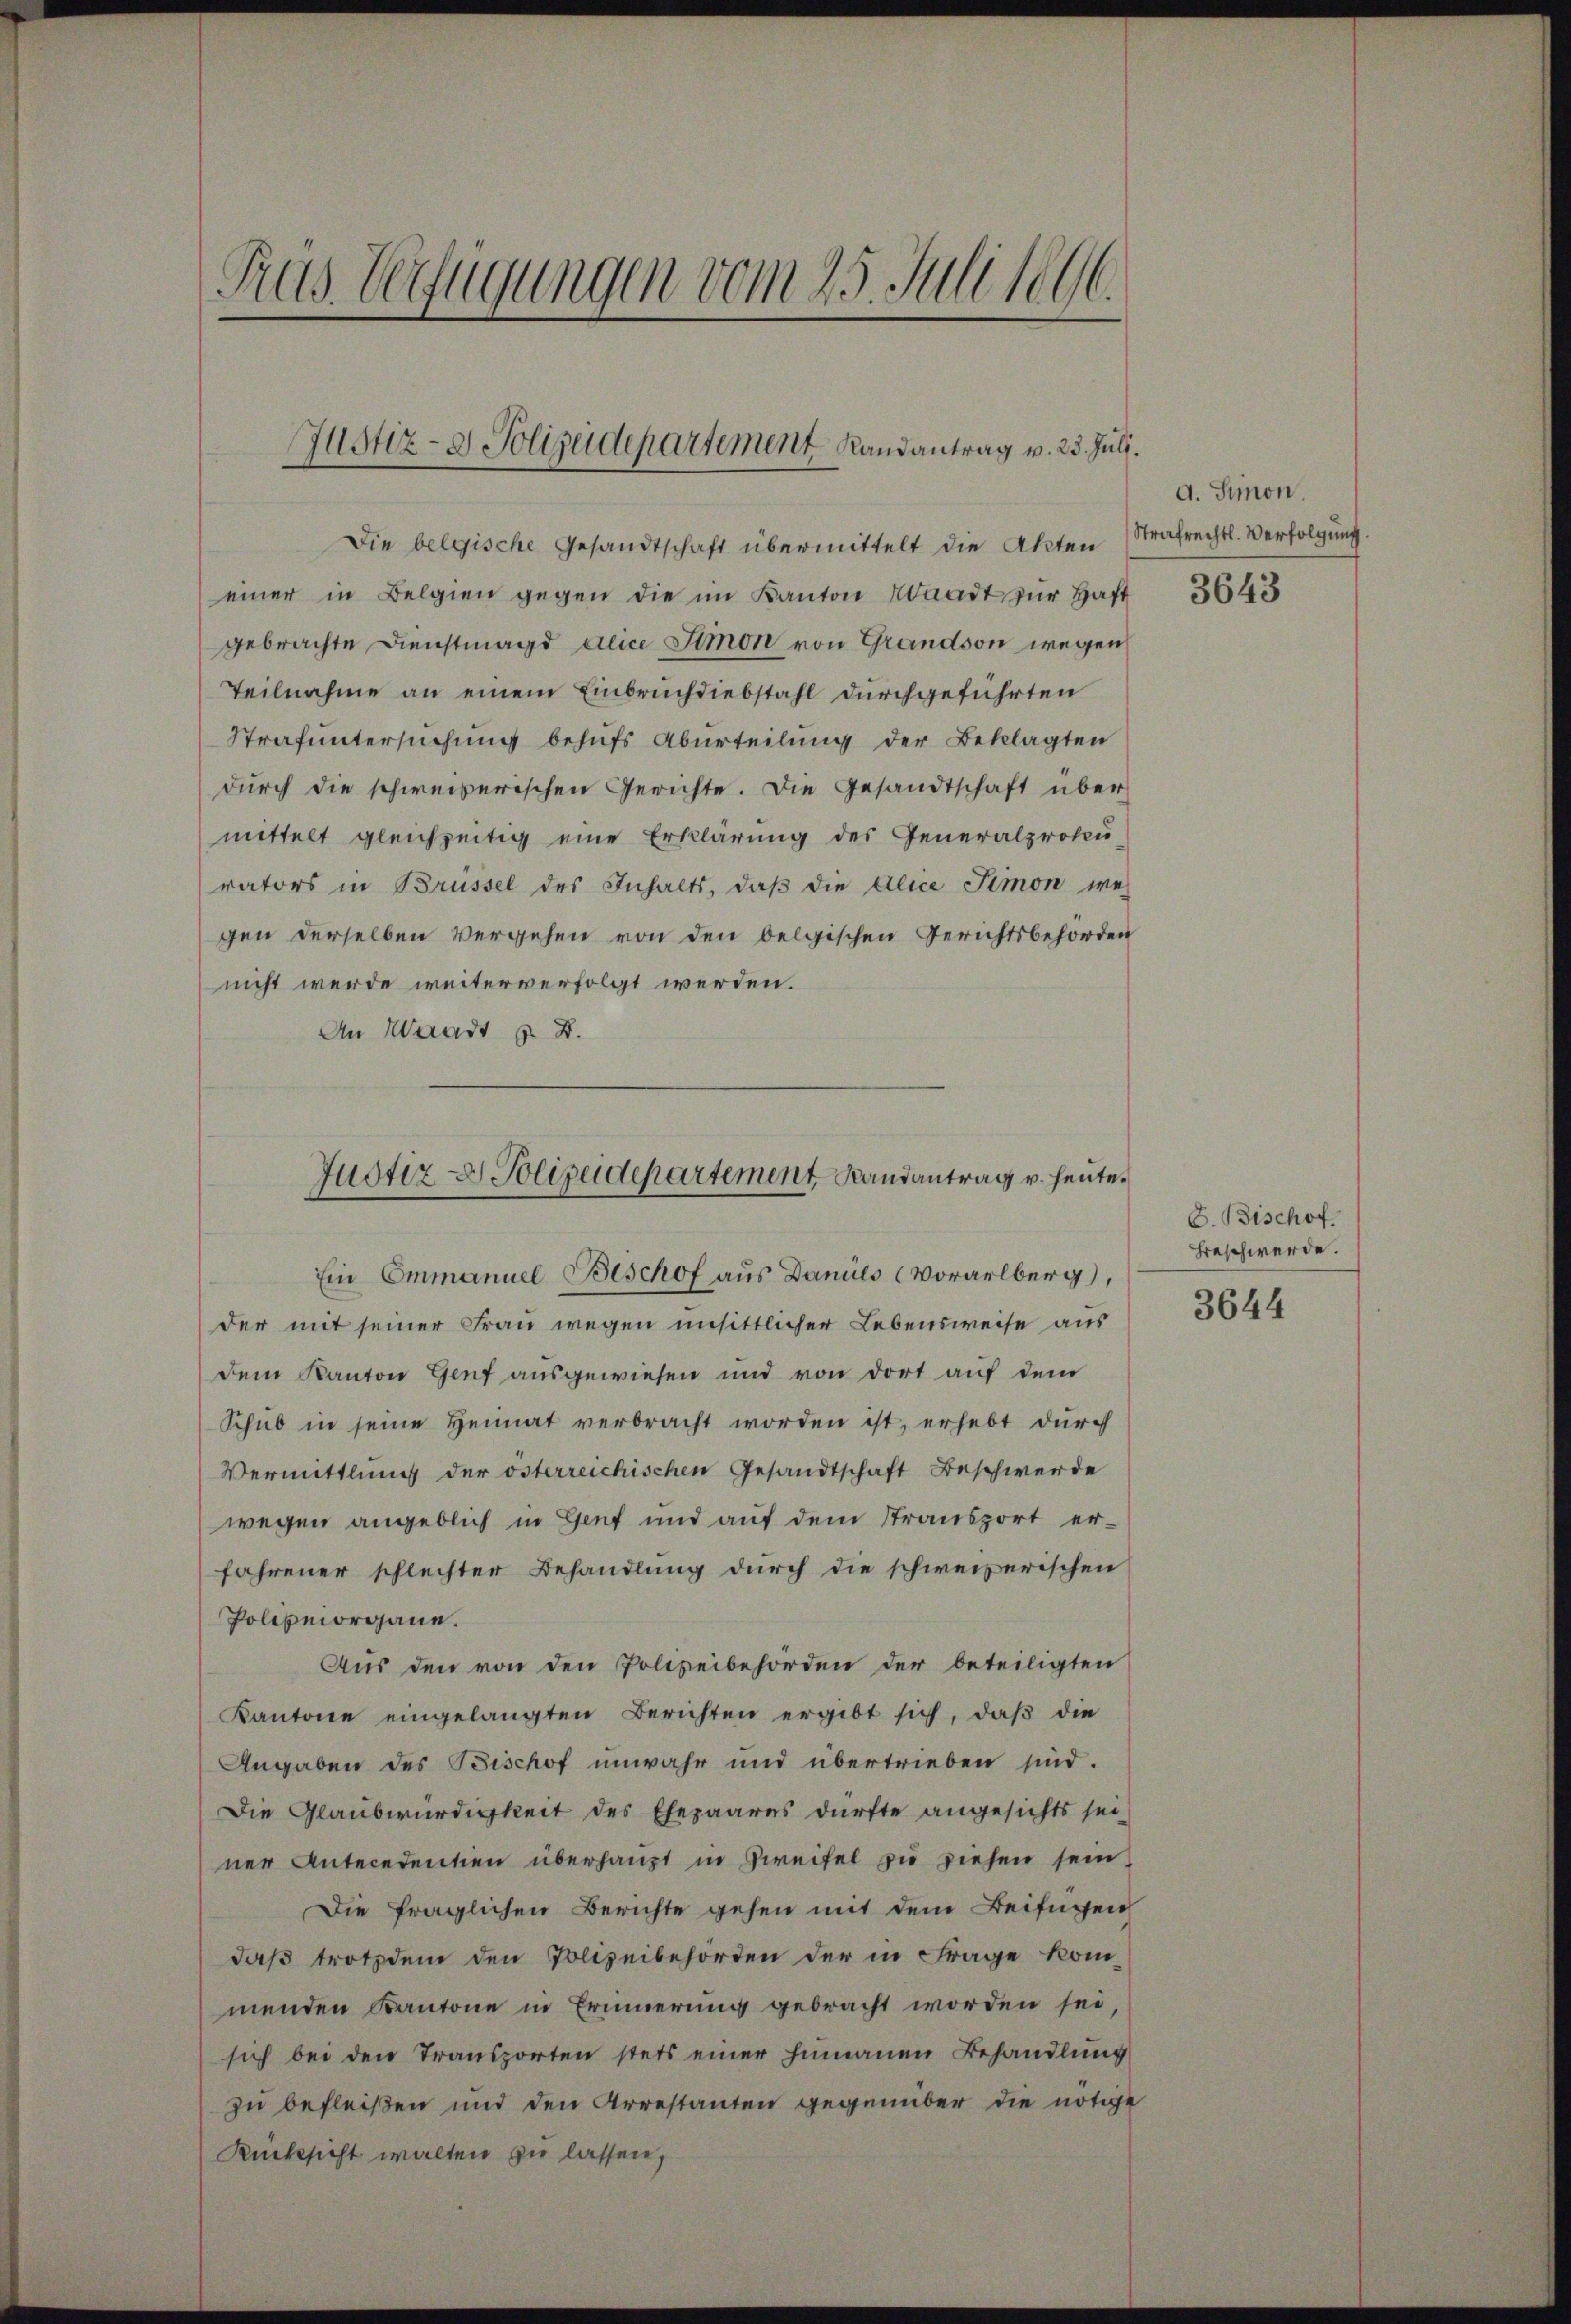
Pras Verfügungen vom 25. Juli 1896.

Justiz- & Polizeidepartement Randantrag v. 23. Juli.

Die belgische Gesandtschaft übermittelt die Akten
einer in Belgien gegen die im Kanton Waadt zŭr Haft
gebrachte Dienstmagd alice Simon von Grandson wegen
Teilnahme an einem Einbruchdiebstahl durchgeführten
Strafuntersuchung behufs Aburteilung der Beklagten
durch die schweizerischen Gerichte. Die Gesandtschaft über
mittelt gleichzeitig eine Erklärung des Generalproku-
rators in Brüssel des Inhalts, daß die Alice Simon wei
gen derselben Vergehen von den Oelgischen Gerichtsbehörden
nicht werde weiter verfolgt werden.
An Waadt z. B.

Justiz- & Polizeidepartement Randantrag v. heute.

Ein Emmanuel Beschof aus Danuls (Vorarlberg),
der mit seiner Frau wegen unsittlicher Lebensweise aus
dem Kanton Genf ausgewiesen und von dort auf dem
Schub in seine Heimat verbracht worden ist, erhebt durch
Vermittlung der österreichischen Gesandtschaft Beschwerde
wegen angeblich in Genf und auf dem Stransport er-
fahrener schlechter Behandlung durch die schweizerischen
Polizeiorgane.
Aus den von den Polizeibehörden der beteiligten
Kantone eingelangten Berichten ergibt sich, daβ die
Angaben des Bischof unwahr und übertrieben sind.
Die Glaubwürdigkeit des Ehepaares dürfte angesichts sei
ner Antecedention überhaupt in Zweifel zu ziehen sein,
Die fraglichen Berichte gehen mit dem Beifügen
daß trotzdem den Polizeibehörden der in Frage kom-
menden Kantone in Erinnerung gebracht worden sei,
sich bei den Transporten stets einer hinauen Behandlung
zu befleißen und den Arrestanten gegenüber die nötige
Rücksicht walten zu lassen,

d. Simon.
Strafrechtl. Verfolgung

3643

G. Bischof
Beschwerde.
3644